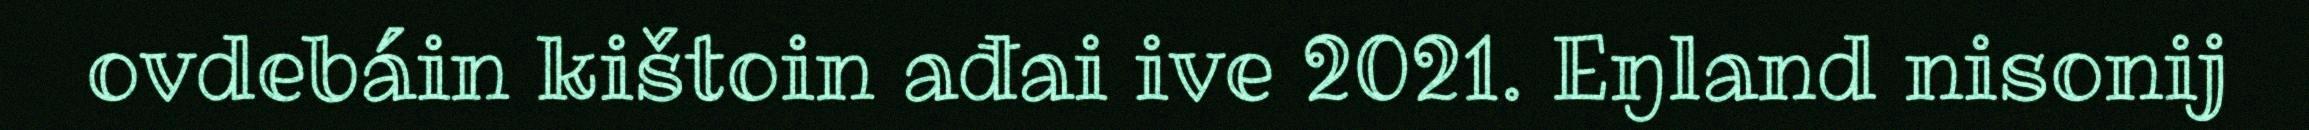
ovdebáin kištoin ađai ive 2021. Eŋland nisonij